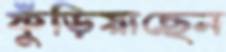
ফুঁড়িয়াছেন